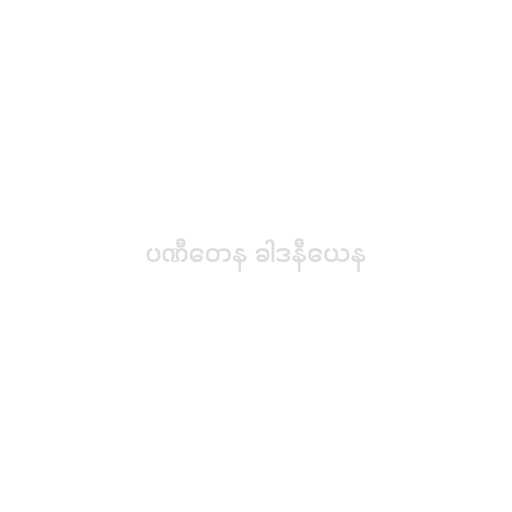
ပဏီတေန ခါဒနီယေန